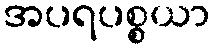
အပရပစ္စယာ